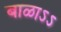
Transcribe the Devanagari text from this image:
बाळाऽऽ